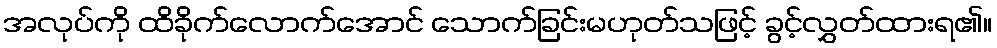
အလုပ်ကို ထိခိုက်လောက်အောင် သောက်ခြင်းမဟုတ်သဖြင့် ခွင့်လွှတ်ထားရ၏။